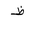
Letter: _za